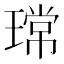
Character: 瑺